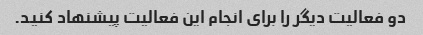
دو فعالیت دیگر را برای انجام این فعالیت پیشنهاد کنید.